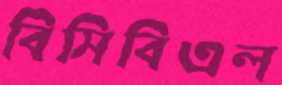
বিসিবিএল